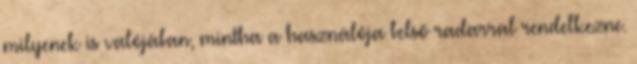
milyenek is valójában, mintha a használója belső radarral rendelkezne.